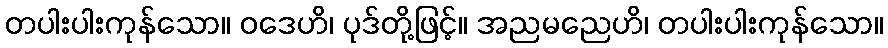
တပါးပါးကုန်သော။ ဝဒေဟိ၊ ပုဒ်တို့ဖြင့်။ အညမညေဟိ၊ တပါးပါးကုန်သော။